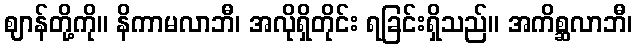
ဈာန်တို့ကို။ နိကာမလာဘီ၊ အလိုရှိတိုင်း ရခြင်းရှိသည်။ အကိစ္ဆလာဘီ၊